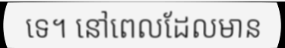
ទេ។ នៅពេលដែលមាន